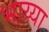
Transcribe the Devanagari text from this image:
भाय्या